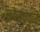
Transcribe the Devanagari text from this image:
छकेसधातुवंस